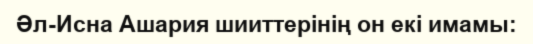
Әл-Исна Ашария шииттерінің он екі имамы: